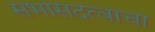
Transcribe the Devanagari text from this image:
सभासदत्वाचा